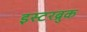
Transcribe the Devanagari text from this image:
इस्टरब्रुक